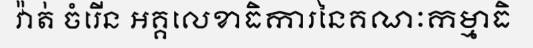
វ៉ាត់ ចំរើន អគ្គលេខាធិការនៃគណៈកម្មាធិ